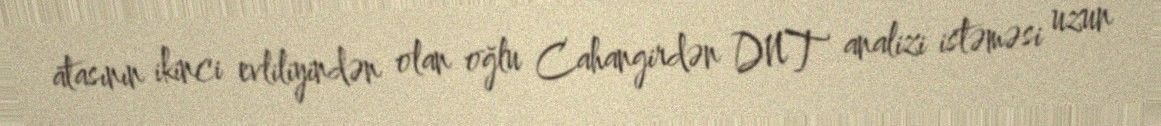
atasının ikinci evliliyindən olan oğlu Cahangirdən DNT analizi istəməsi uzun